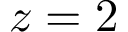
z = 2